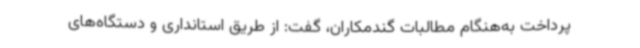
پرداخت به‌هنگام مطالبات گندمکاران، گفت: از طریق استانداری و دستگاه‌های